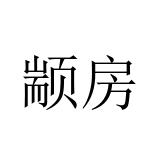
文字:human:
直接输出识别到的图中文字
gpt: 颛房